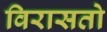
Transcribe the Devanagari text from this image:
विरासतो